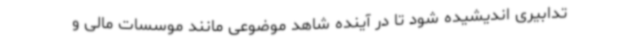
تدابیری اندیشیده شود تا در آینده شاهد موضوعی مانند موسسات مالی و